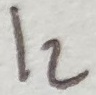
Text: I2